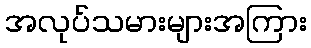
အလုပ်သမားများအကြား